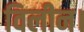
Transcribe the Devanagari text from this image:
विलीन।